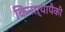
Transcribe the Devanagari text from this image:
किनाऱ्यापैकी